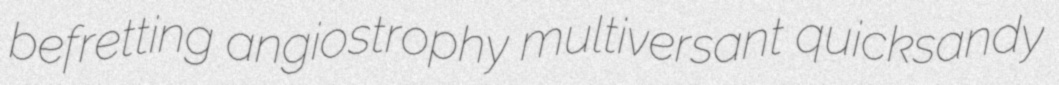
befretting angiostrophy multiversant quicksandy